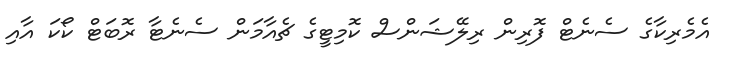
އެމެރިކާގެ ސެނެޓް ފޮރިން ރިލޭޝަންސް ކޮމިޓީގެ ޗެއާމަން ސެނެޓާ ރޮބަޓް ކޯކަ އާއި